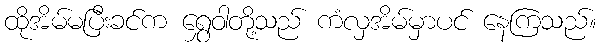
ထိုအိမ်မပြီးခင်က ရွှေဝါတို့သည် ကံလှအိမ်မှာပင် နေကြသည်။